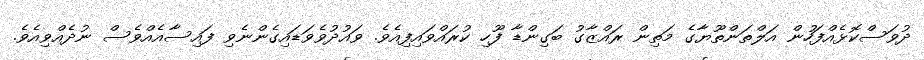
ދުވަސްކޮޅެއްފަހުން އަލްތަންތޫޔާގެ މަތިން ރައްޒާގު ބަގިންޑާ ފޫހި ކުރައްވައިފިއެވެ. ވައުދުވެވަޑައިގެންނެވި ފައިސާއެއްވެސް ނުދެއްވިއެވެ.